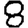
Digit: 8